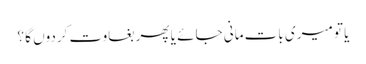
یا تو میری بات مانی جائے یا پھر بغاوت کردوں گا ؟